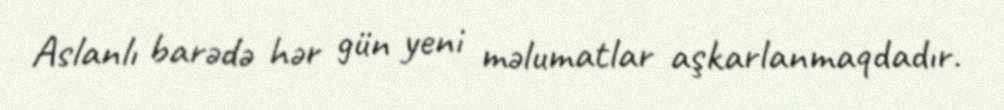
Aslanlı barədə hər gün yeni məlumatlar aşkarlanmaqdadır.